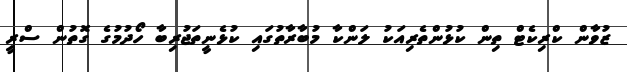
ޒުވާން ކްރިކެޓް ތިން ކުޅުންތެރިއަކު ލަންކާ މުބާރާތުގައި ކުޅެނީތަޖުރިބާ ހޯދުމުގެ ގޮތުން ސްރީ